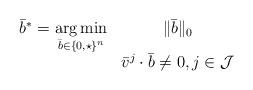
LaTeX: \begin{align*}\begin{array}{rc}\bar b^*=\underset{\bar b\in\{0,\star\}^n}{\arg \min}& \|\bar b\|_0\\& \bar v^j\cdot \bar b\neq 0,j\in\mathcal{J}\end{array}\end{align*}